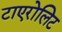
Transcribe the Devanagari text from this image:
टाएरोलिट